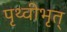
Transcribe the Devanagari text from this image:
पृथ्वीभृत्